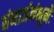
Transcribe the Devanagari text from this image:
संमार्जनंभूमेः